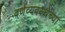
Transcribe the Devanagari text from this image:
वर्णव्यवस्थेच्या